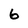
Character: 6